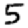
Digit: 5